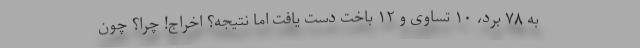
به ۷۸ برد، ۱۰ تساوی و ۱۲ باخت دست یافت اما نتیجه؟ اخراج! چرا؟ چون